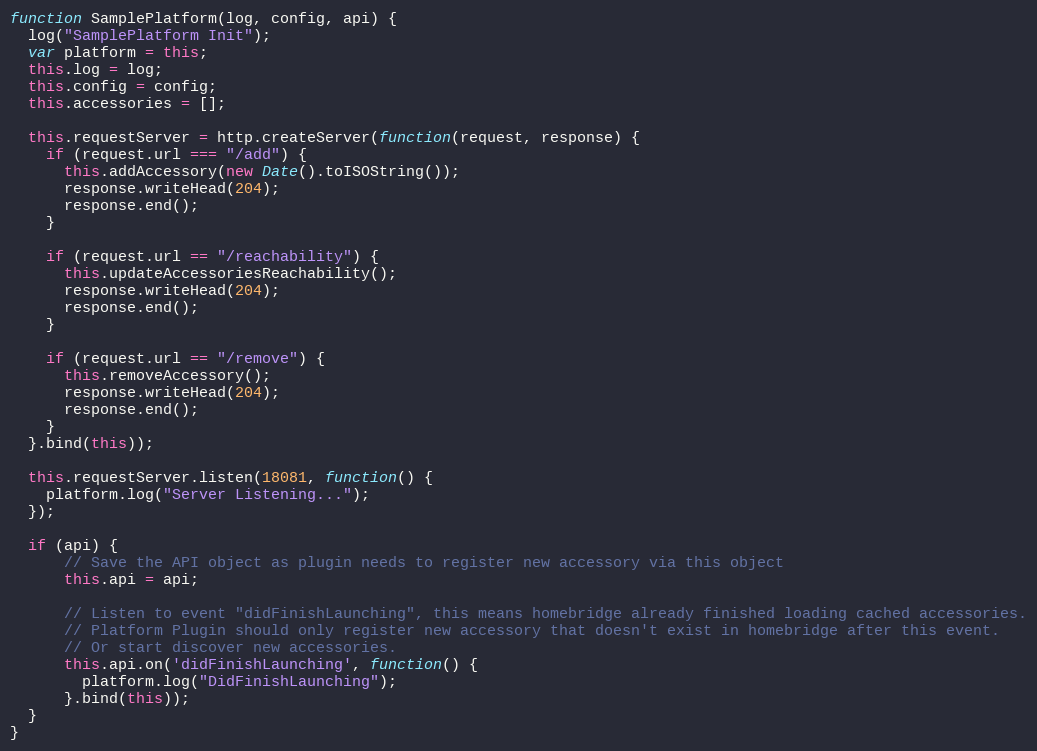
Language: JavaScript
function SamplePlatform(log, config, api) {
  log("SamplePlatform Init");
  var platform = this;
  this.log = log;
  this.config = config;
  this.accessories = [];

  this.requestServer = http.createServer(function(request, response) {
    if (request.url === "/add") {
      this.addAccessory(new Date().toISOString());
      response.writeHead(204);
      response.end();
    }

    if (request.url == "/reachability") {
      this.updateAccessoriesReachability();
      response.writeHead(204);
      response.end();
    }

    if (request.url == "/remove") {
      this.removeAccessory();
      response.writeHead(204);
      response.end();
    }
  }.bind(this));

  this.requestServer.listen(18081, function() {
    platform.log("Server Listening...");
  });

  if (api) {
      // Save the API object as plugin needs to register new accessory via this object
      this.api = api;

      // Listen to event "didFinishLaunching", this means homebridge already finished loading cached accessories.
      // Platform Plugin should only register new accessory that doesn't exist in homebridge after this event.
      // Or start discover new accessories.
      this.api.on('didFinishLaunching', function() {
        platform.log("DidFinishLaunching");
      }.bind(this));
  }
}